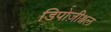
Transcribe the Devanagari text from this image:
डिपोज़ीश्नल